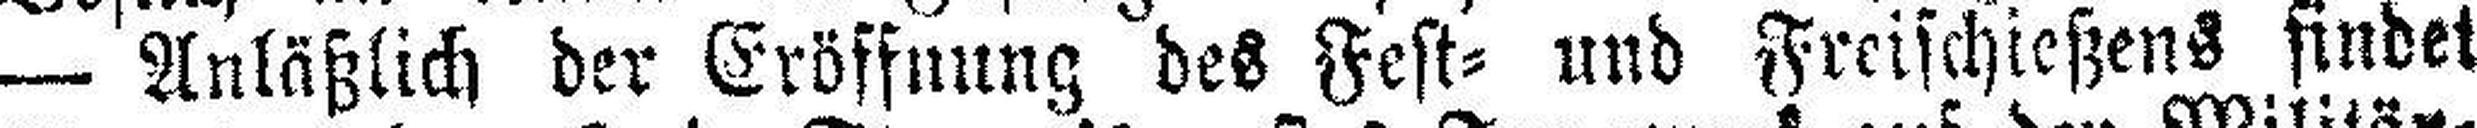
— Anläßlich der Eröffnung des Fest= und Freischießens findet